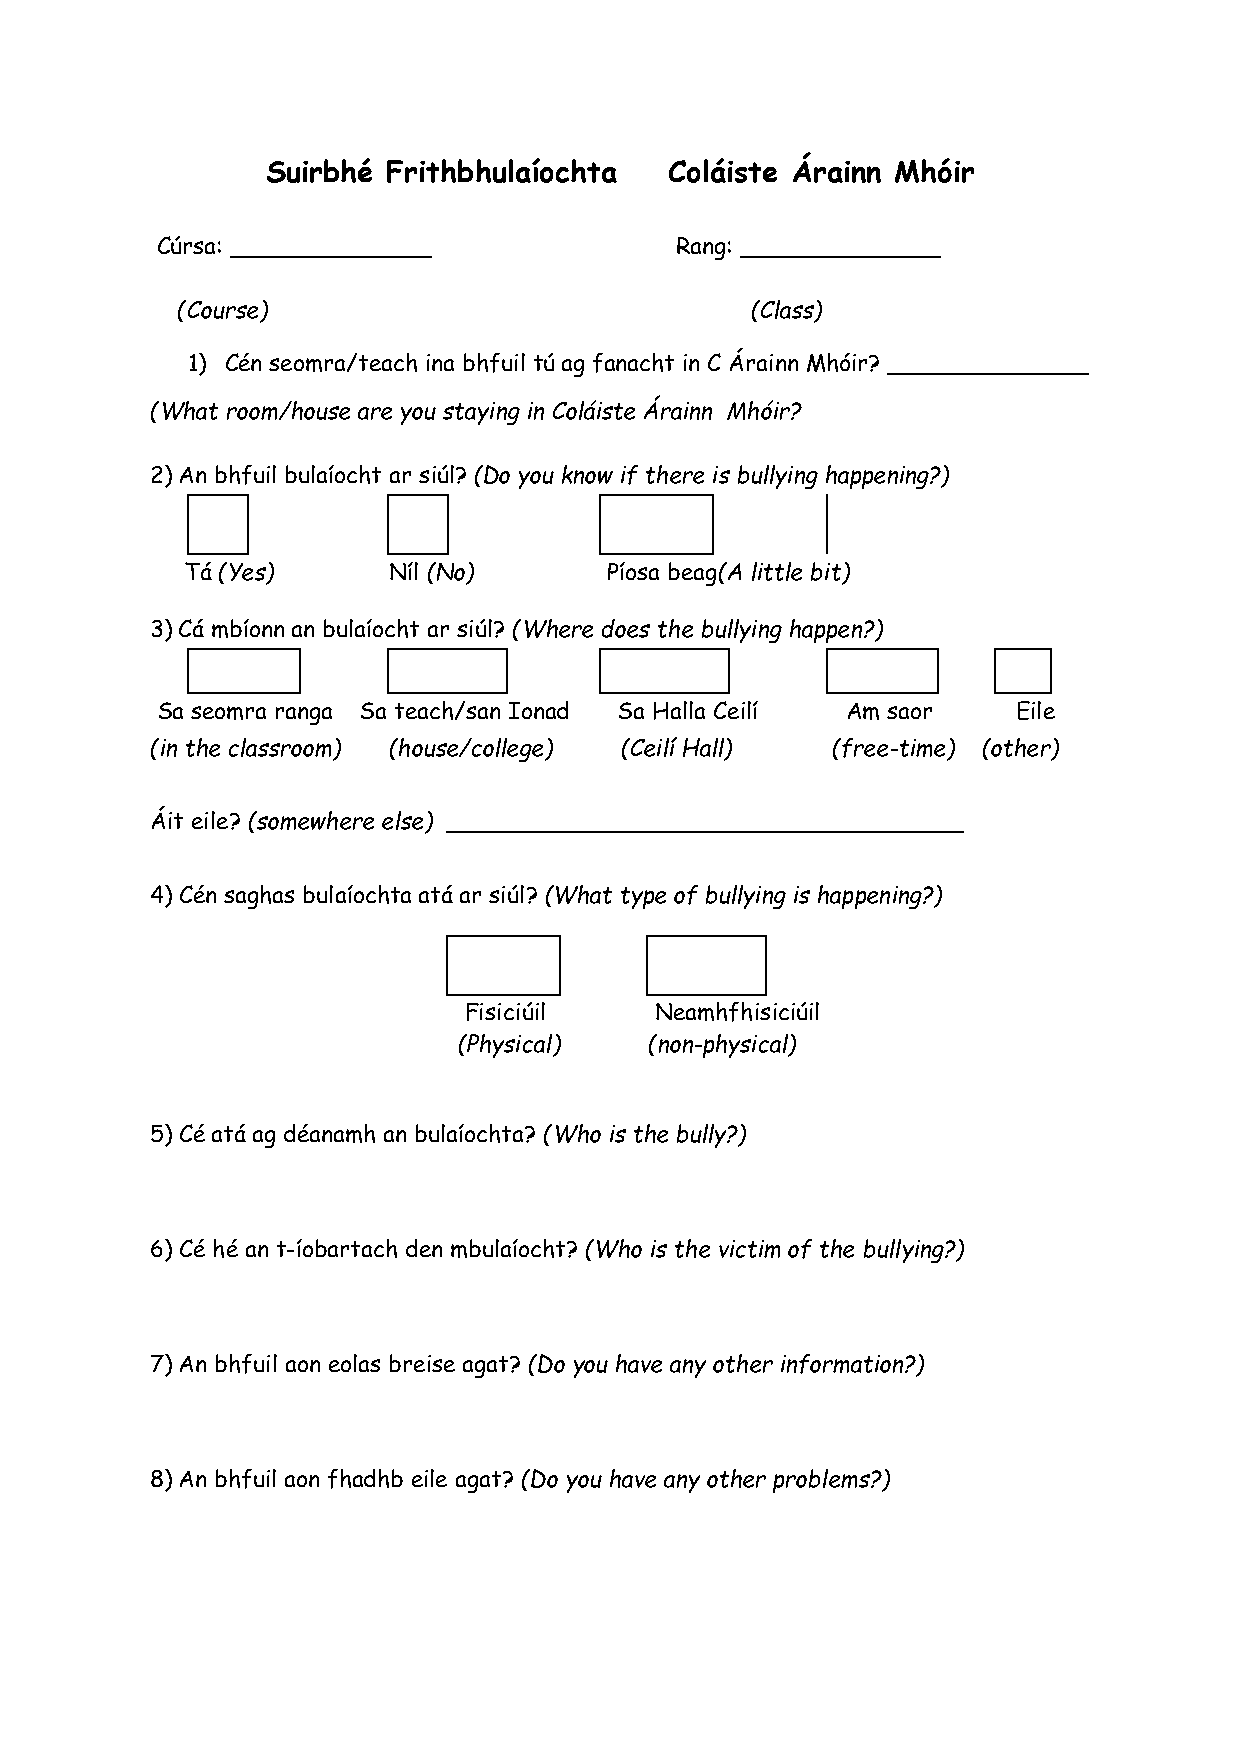
Suirbhé Frithbhulaíochta  Coláiste Árainn Mhóir
 Cúrsa: ______________              Rang: ______________
 (Course)                              (Class)
 1) Cén seomra/teach ina bhfuil tú ag fanacht in C Árainn Mhóir? ______________
 (What room/house are you staying in Coláiste Árainn Mhóir?
 2) An bhfuil bulaíocht ar siúl? (Do you know if there is bullying happening?)
 Tá (Yes)      Níl (No)      Píosa beag(A little bit)
 3) Cá mbíonn an bulaíocht ar siúl? (Where does the bullying happen?)
 Sa seomra ranga Sa teach/san Ionad Sa Halla Ceilí Am saor Eile
 (in the classroom) (house/college) (Ceilí Hall) (free-time) (other)
 Áit eile? (somewhere else) ____________________________________
 4) Cén saghas bulaíochta atá ar siúl? (What type of bullying is happening?)
 Fisiciúil   Neamhfhisiciúil
 (Physical)   (non-physical)
 5) Cé atá ag déanamh an bulaíochta? (Who is the bully?)
 6) Cé hé an t-íobartach den mbulaíocht? (Who is the victim of the bullying?)
 7) An bhfuil aon eolas breise agat? (Do you have any other information?)
 8) An bhfuil aon fhadhb eile agat? (Do you have any other problems?)